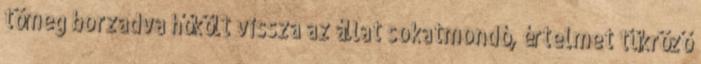
tömeg borzadva hőkölt vissza az állat sokatmondó, értelmet tükröző